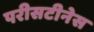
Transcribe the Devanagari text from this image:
परीसटीनेस